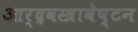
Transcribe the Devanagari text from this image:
आर्द्रवस्त्रावेष्टन